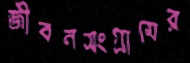
জীবনসংগ্রামের